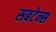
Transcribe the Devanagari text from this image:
सबटेन्स